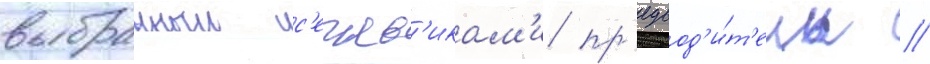
выбранныи с'ечев'икам'и пр'едвод'и́т'ель //